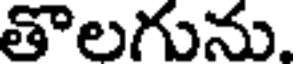
తొలగును.